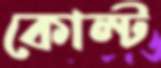
কোল্ট